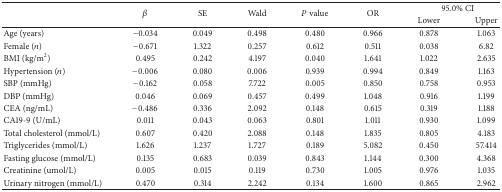
<table><thead><tr><td rowspan="2"></td><td rowspan="2"><b><i>β</i></b></td><td rowspan="2"><b>SE</b></td><td rowspan="2"><b>Wald</b></td><td rowspan="2"><b><i>P</i> value</b></td><td rowspan="2"><b>OR</b></td><td colspan="2"><b>95.0% CI</b></td></tr><tr><td><b>Lower</b></td><td><b>Upper</b></td></tr></thead><tbody><tr><td>Age (years)</td><td>−0.034</td><td>0.049</td><td>0.498</td><td>0.480</td><td>0.966</td><td>0.878</td><td>1.063</td></tr><tr><td>Female (<i>n</i>)</td><td>−0.671</td><td>1.322</td><td>0.257</td><td>0.612</td><td>0.511</td><td>0.038</td><td>6.82</td></tr><tr><td>BMI (kg/m<sup>2</sup>)</td><td>0.495</td><td>0.242</td><td>4.197</td><td>0.040</td><td>1.641</td><td>1.022</td><td>2.635</td></tr><tr><td>Hypertension (<i>n</i>)</td><td>−0.006</td><td>0.080</td><td>0.006</td><td>0.939</td><td>0.994</td><td>0.849</td><td>1.163</td></tr><tr><td>SBP (mmHg)</td><td>−0.162</td><td>0.058</td><td>7.722</td><td>0.005</td><td>0.850</td><td>0.758</td><td>0.953</td></tr><tr><td>DBP (mmHg)</td><td>0.046</td><td>0.069</td><td>0.457</td><td>0.499</td><td>1.048</td><td>0.916</td><td>1.199</td></tr><tr><td>CEA (ng/mL)</td><td>−0.486</td><td>0.336</td><td>2.092</td><td>0.148</td><td>0.615</td><td>0.319</td><td>1.188</td></tr><tr><td>CA19-9 (U/mL)</td><td>0.011</td><td>0.043</td><td>0.063</td><td>0.801</td><td>1.011</td><td>0.930</td><td>1.099</td></tr><tr><td>Total cholesterol (mmol/L)</td><td>0.607</td><td>0.420</td><td>2.088</td><td>0.148</td><td>1.835</td><td>0.805</td><td>4.183</td></tr><tr><td>Triglycerides (mmol/L)</td><td>1.626</td><td>1.237</td><td>1.727</td><td>0.189</td><td>5.082</td><td>0.450</td><td>57.414</td></tr><tr><td>Fasting glucose (mmol/L)</td><td>0.135</td><td>0.683</td><td>0.039</td><td>0.843</td><td>1.144</td><td>0.300</td><td>4.368</td></tr><tr><td>Creatinine (umol/L)</td><td>0.005</td><td>0.015</td><td>0.119</td><td>0.730</td><td>1.005</td><td>0.976</td><td>1.035</td></tr><tr><td>Urinary nitrogen (mmol/L)</td><td>0.470</td><td>0.314</td><td>2.242</td><td>0.134</td><td>1.600</td><td>0.865</td><td>2.962</td></tr></tbody></table>